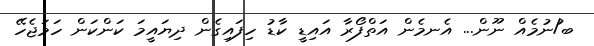
ބ/ުނުމެއް ނޫން... އެނމެން އަތްފޯރާ އައިޑީ ކާޑު ހިފައިގެން ދިޔައީމަ ކަންކަން ހަމަޖެހޭ